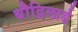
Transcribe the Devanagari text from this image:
बौद्रिलार्ड